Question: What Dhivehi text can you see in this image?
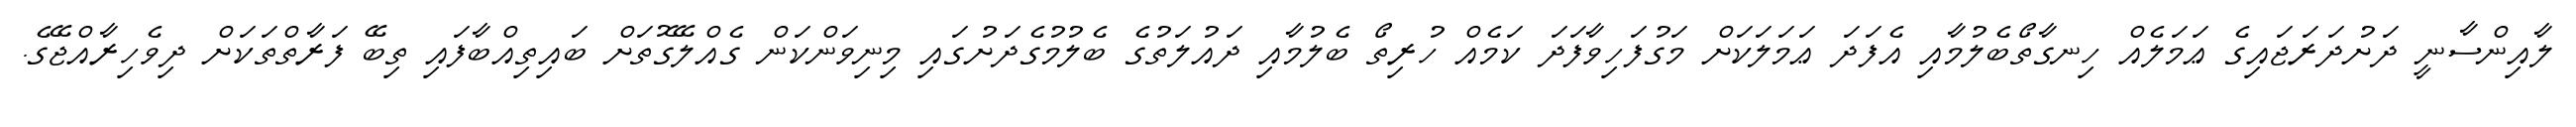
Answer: ލާއިންސާނީ ދަށުދަރަޖައިގެ ޢަމަލެއް ހިނގާތޯބެލުމާއި އެފަދަ ޢަމަލަކަށް މަގުފަހިވާފަދަ ކަމެއް ހުރިތޯ ބެލުމާއި ދައުލަތުގެ ބެލުމުގެދަށުގައި މިނިވަންކަން ގެއްލޭގޮތަށް ބައިތިއްބާފައި ތިބޭ ފަރާތްތަކަށް ދިވެހިރާއްޖޭގެ.